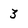
Character: 3